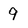
Character: 9